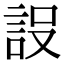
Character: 𮘂